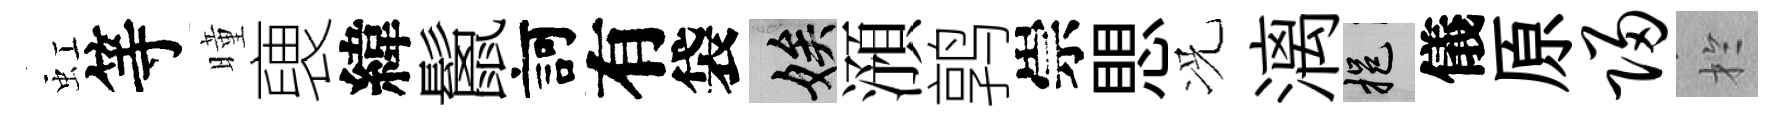
虹等曈褏緯鬛訶有袋娭澦鹑崇愳况漓挹儀原归扵